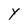
Character: y